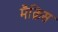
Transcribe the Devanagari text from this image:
मैक्रिस